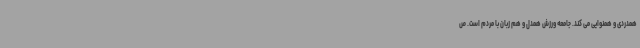
همدردی و همنوایی می کند. جامعه ورزش همدل و هم زبان با مردم است. ص